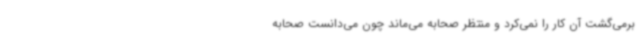
برمی‌گشت آن کار را نمی‌کرد و منتظر صحابه می‌ماند چون می‌دانست صحابه